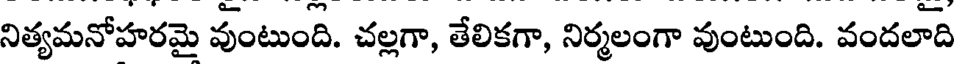
నిత్యమనోహరమై వుంటుంది. చల్లగా, తేలికగా, నిర్మలంగా వుంటుంది. వందలాది